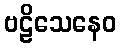
ဗဠိသေနေဝ